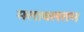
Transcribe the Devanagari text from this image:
मलावलतम